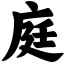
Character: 庭